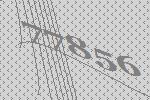
77856